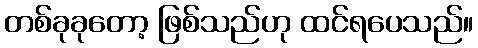
တစ်ခုခုတော့ ဖြစ်သည်ဟု ထင်ရပေသည်။